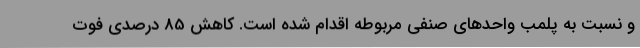
و نسبت به پلمب واحدهای صنفی مربوطه اقدام شده است. کاهش 85 درصدی فوت